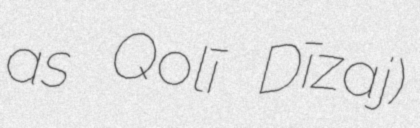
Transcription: as Qolī Dīzaj)